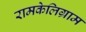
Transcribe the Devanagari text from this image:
रामकेलिग्राम